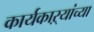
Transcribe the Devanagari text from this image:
कार्यकाऱ्यांच्या